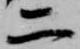
二